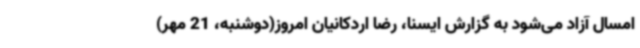
امسال آزاد می‌شود به گزارش ایسنا، رضا اردکانیان امروز(دوشنبه، 21 مهر)